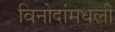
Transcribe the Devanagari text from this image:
विनोदांमधली